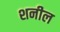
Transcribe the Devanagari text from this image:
शनील